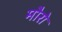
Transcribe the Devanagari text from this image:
मौरो